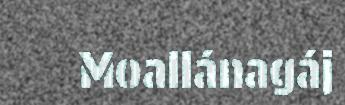
Moallánagáj